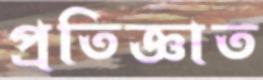
প্রতিজ্ঞাত